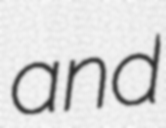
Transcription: and